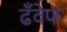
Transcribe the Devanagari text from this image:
ढँवेफ